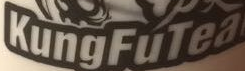
KungFuTea